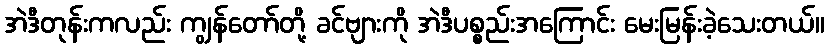
အဲဒီတုန်းကလည်း ကျွန်တော်တို့ ခင်ဗျားကို အဲဒီပစ္စည်းအကြောင်း မေးမြန်းခဲ့သေးတယ်။